system: You are a helpful assistant.
user:
Analyze the provided spectrum to determine if it is a **"Cataclysmic Variables (CV)"**.

- **Key Indicators for CV (Check for either state):**
    - **State 1: Quiescent / Low-State (Emission-Dominated)**
        - **(Primary):** Strong and *very broad* Hydrogen Balmer emission lines (e.g., $H\alpha$ at 6563 Å, $H\beta$ at 4861 Å). The 'broadness' (high velocity dispersion, often FWHM > 1000 km/s) is the key diagnostic, indicating a high-velocity accretion disk.
        - **(Secondary):** Broad neutral Helium (He I) emission lines (e.g., 5876 Å, 6678 Å).
        - **(Key Confirmation):** Presence of high-excitation *ionized* Helium (He II) emission at 4686 Å. This is a strong indicator of accretion onto a white dwarf.
        - **(Line Profile):** Emission lines may exhibit a 'double-peaked' profile, which is a classic signature of a rotating accretion disk viewed at high inclination.

    - **State 2: Outburst / High-State (Absorption-Dominated)**
        - **(Primary):** Spectrum is dominated by a bright, blue continuum (looks like a hot star).
        - **(Secondary):** The emission lines from State 1 are weak, absent, or 'filled in', and are replaced by broad, shallow *absorption* lines (primarily Balmer and He I).
        - **(Morphology):** The overall spectrum mimics a hot B/A-type star. The crucial difference is that the absorption lines are significantly broader, shallower, and more 'washed-out' (or 'smeared') than the sharp lines of a normal stellar photosphere, due to high rotational speeds and pressure broadening in the disk.

Think first, call **spectral_visualization_tool** if needed to examine features in detail, then provide your final answer. Your response must adhere to the following strict rules:
1.  **Overall Structure:** Your response must follow the format `<think>...</think> <tool_call>...</tool_call> (if a tool is used) <answer>...</answer>`.
2.  **Tool Usage Constraint:** You may only make **one** tool call per turn.
3.  **Final Answer Format:** In the `<answer>` tag, your conclusion must be inside a `\boxed{}` command (e.g., `\boxed{YES}`), followed by your justification.

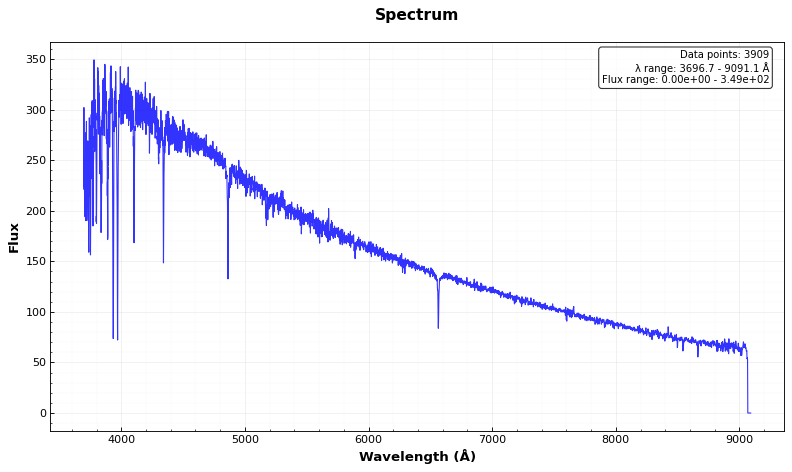
Answer: NO